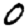
Digit: 0